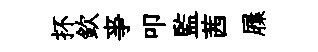
抔欽亊叩監茜屧